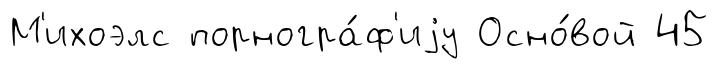
М'ихоэлс порногра́ф'иjу Осно́вой 45